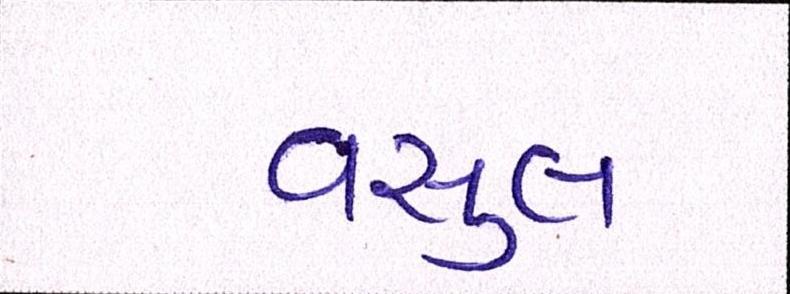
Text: વસુલ